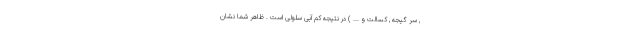
, سر گیجه , کسالت و ... ) در نتیجه کم آبی سلولی است . ظاهر شما نشان